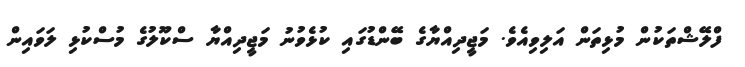
ފްލޭޝްތަކުން މުޅިތަން އަލިވިއެވެ. މަޖީދިއްޔާގެ ބޭންޑުގައި ކުޅެވުނު މަޖީދިއްޔާ ސްކޫލުގެ މުސްކުޅި ލަވައިން